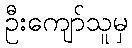
ဦးကျော်သူမှ